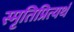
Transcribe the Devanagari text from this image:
स्मृतिप्रित्यर्थ